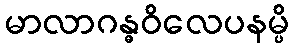
မာလာဂန္ဓဝိလေပနမ္ပိ